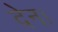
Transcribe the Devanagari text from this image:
देन।